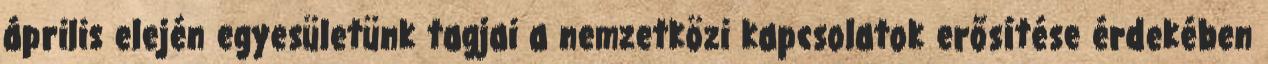
április elején egyesületünk tagjai a nemzetközi kapcsolatok erősítése érdekében